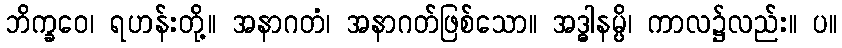
ဘိက္ခဝေ၊ ရဟန်းတို့။ အနာဂတံ၊ အနာဂတ်ဖြစ်သော။ အဒ္ဓါနမ္ပိ၊ ကာလ၌လည်း။ ပ။